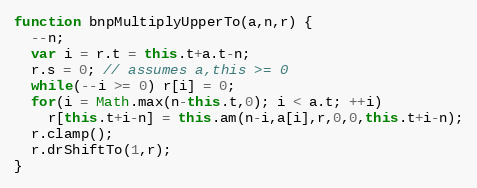
Language: JavaScript
function bnpMultiplyUpperTo(a,n,r) {
  --n;
  var i = r.t = this.t+a.t-n;
  r.s = 0; // assumes a,this >= 0
  while(--i >= 0) r[i] = 0;
  for(i = Math.max(n-this.t,0); i < a.t; ++i)
    r[this.t+i-n] = this.am(n-i,a[i],r,0,0,this.t+i-n);
  r.clamp();
  r.drShiftTo(1,r);
}